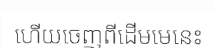
ហើយចេញពីដើមមេនេះ